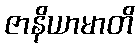
ဇာနိယာမာတိ